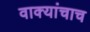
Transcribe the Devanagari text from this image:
वाक्यांचाच